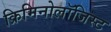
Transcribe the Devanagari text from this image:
क्रिमिनोलॉजिस्ट